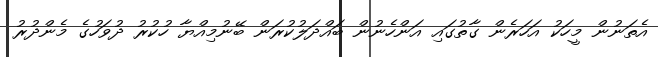
އެތަނުން މީހަކު އަހަރެން ގާތުގައި އަންހެނުން ބައްދަލުކުރަން ބޭނުމިއްޔާ ހުކުރު ދުވަހުގެ މެންދުރު